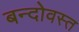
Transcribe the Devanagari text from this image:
बन्दोवस्त